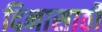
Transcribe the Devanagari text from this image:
दिनासाठी